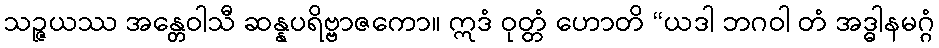
သဉ္ဇယဿ အန္တေဝါသီ ဆန္နပရိဗ္ဗာဇကော။ ဣဒံ ဝုတ္တံ ဟောတိ “ယဒါ ဘဂဝါ တံ အဒ္ဓါနမဂ္ဂံ